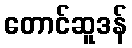
တောင်ဆူဒန်